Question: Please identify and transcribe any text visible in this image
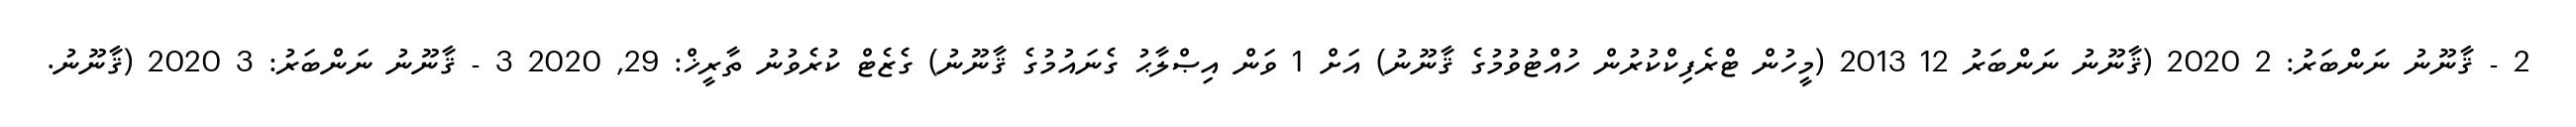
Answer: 2 - ޤާނޫނު ނަންބަރު: 2 2020 (ޤާނޫނު ނަންބަރު 12 2013 (މީހުން ޓްރެފިކްކުރުން ހުއްޓުވުމުގެ ޤާނޫނު) އަށް 1 ވަން އިޞްލާޙު ގެނައުމުގެ ޤާނޫނު) ގެޒެޓް ކުރެވުނު ތާރީޚް: 29, 2020 3 - ޤާނޫނު ނަންބަރު: 3 2020 (ޤާނޫނު.